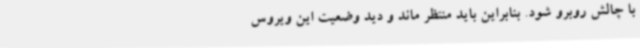
با چالش روبرو شود. بنابراین باید منتظر ماند و دید وضعیت این ویروس